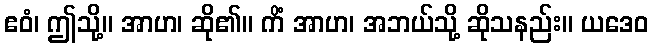
ဧဝံ၊ ဤသို့။ အာဟ၊ ဆို၏။ ကိံ အာဟ၊ အဘယ်သို့ ဆိုသနည်း။ ယဒေဝ